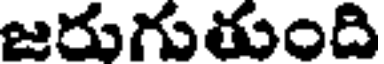
జరుగుతుంది